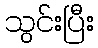
သွင်းပြီး